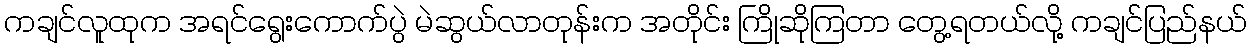
ကချင်လူထုက အရင်ရွေးကောက်ပွဲ မဲဆွယ်လာတုန်းက အတိုင်း ကြိုဆိုကြတာ တွေ့ရတယ်လို့ ကချင်ပြည်နယ်